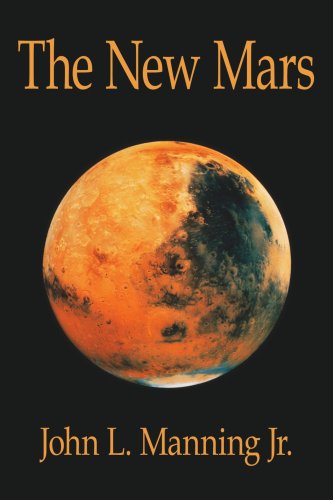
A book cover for The New Mars; John Manning; Humor & Entertainment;